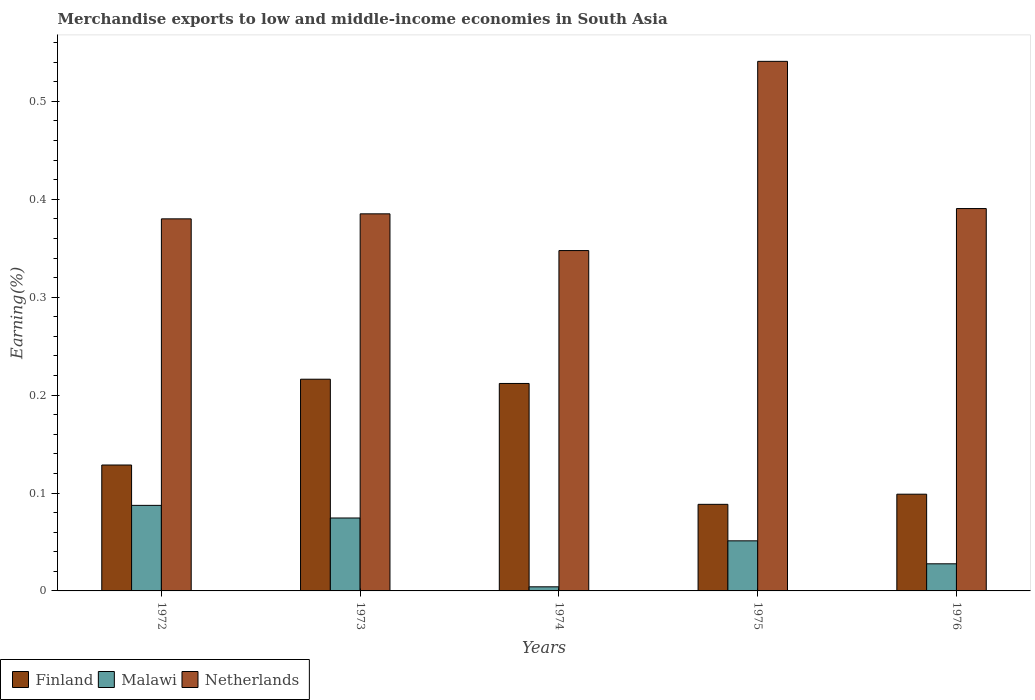
| Years | Finland | Malawi | Netherlands |
 | --- | --- | --- | --- |
 | 1972 | 0.129 | 0.0874 | 0.38 |
 | 1973 | 0.216 | 0.0745 | 0.385 |
 | 1974 | 0.212 | 0.00419 | 0.348 |
 | 1975 | 0.0884 | 0.0512 | 0.541 |
 | 1976 | 0.0988 | 0.0277 | 0.391 |